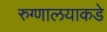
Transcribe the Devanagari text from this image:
रुग्णालयाकडे